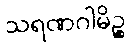
သရဏဂါမိဉ္စ